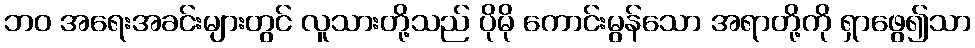
ဘဝ အရေးအခင်းများတွင် လူသားတို့သည် ပိုမို ကောင်းမွန်သော အရာတို့ကို ရှာဖွေ၍သာ